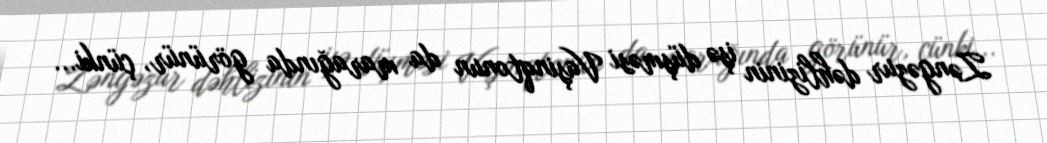
Zəngəzur dəhlizinin işə düşməsi Vaşinqtonun da marağında görünür, çünki...